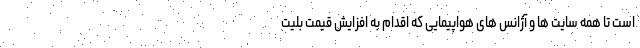
است تا همه سایت ها و آژانس های هواپیمایی که اقدام به افزایش قیمت بلیت